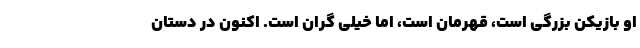
او بازیکن بزرگی است، قهرمان است، اما خیلی گران است. اکنون در دستان